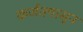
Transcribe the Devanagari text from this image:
कर्जतपासून